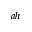
^ { a h }